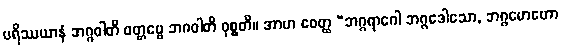
ပရိဿယာနံ ဘဂ္ဂဝါတိ ဝတ္တဗ္ဗေ ဘဂဝါတိ ဝုစ္စတိ။ အာဟ စေတ္ထ “ဘဂ္ဂရာဂေါ ဘဂ္ဂဒေါသော, ဘဂ္ဂမောဟော